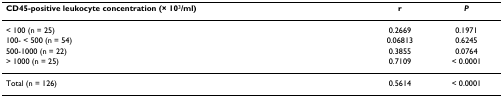
<table><thead><tr><td><b>CD45-positive leukocyte concentration (× 10<sup>3</sup>/ml)</b></td><td><b>r</b></td><td><b><i>P</i></b></td></tr></thead><tbody><tr><td>&lt; 100 (n = 25)</td><td>0.2669</td><td>0.1971</td></tr><tr><td>100- &lt; 500 (n = 54)</td><td>0.06813</td><td>0.6245</td></tr><tr><td>500-1000 (n = 22)</td><td>0.3855</td><td>0.0764</td></tr><tr><td>&gt; 1000 (n = 25)</td><td>0.7109</td><td>&lt; 0.0001</td></tr><tr><td>Total (n = 126)</td><td>0.5614</td><td>&lt; 0.0001</td></tr></tbody></table>